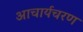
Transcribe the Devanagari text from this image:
आचार्यचरण